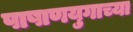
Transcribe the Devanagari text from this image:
पाषाणयुगाच्या